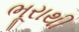
ભૂરાથી